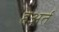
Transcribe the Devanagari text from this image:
हेअर्त